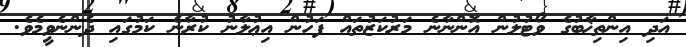
އަދި އިންތިޚާބުގެ ވޯޓުލުން އޮންނާނެ މަރުކަޒުތައް ފަހުން އިޢުލާނު ކުރާނެ ކަމުގައި ދެންނެވީމެވެ.